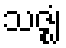
သဇ္ဈံ